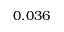
0 . 0 3 6